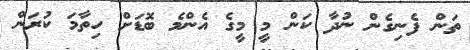
ތަން ފެނިގެން ނުދާ ކަން މީ މީގެ އެންމެ ބޮޑަށް ހިތާމަ ކުރަން